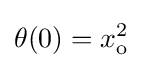
\theta (0)=x_{\text{o}}^{2}